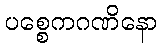
ပစ္စေကဂဏိနော